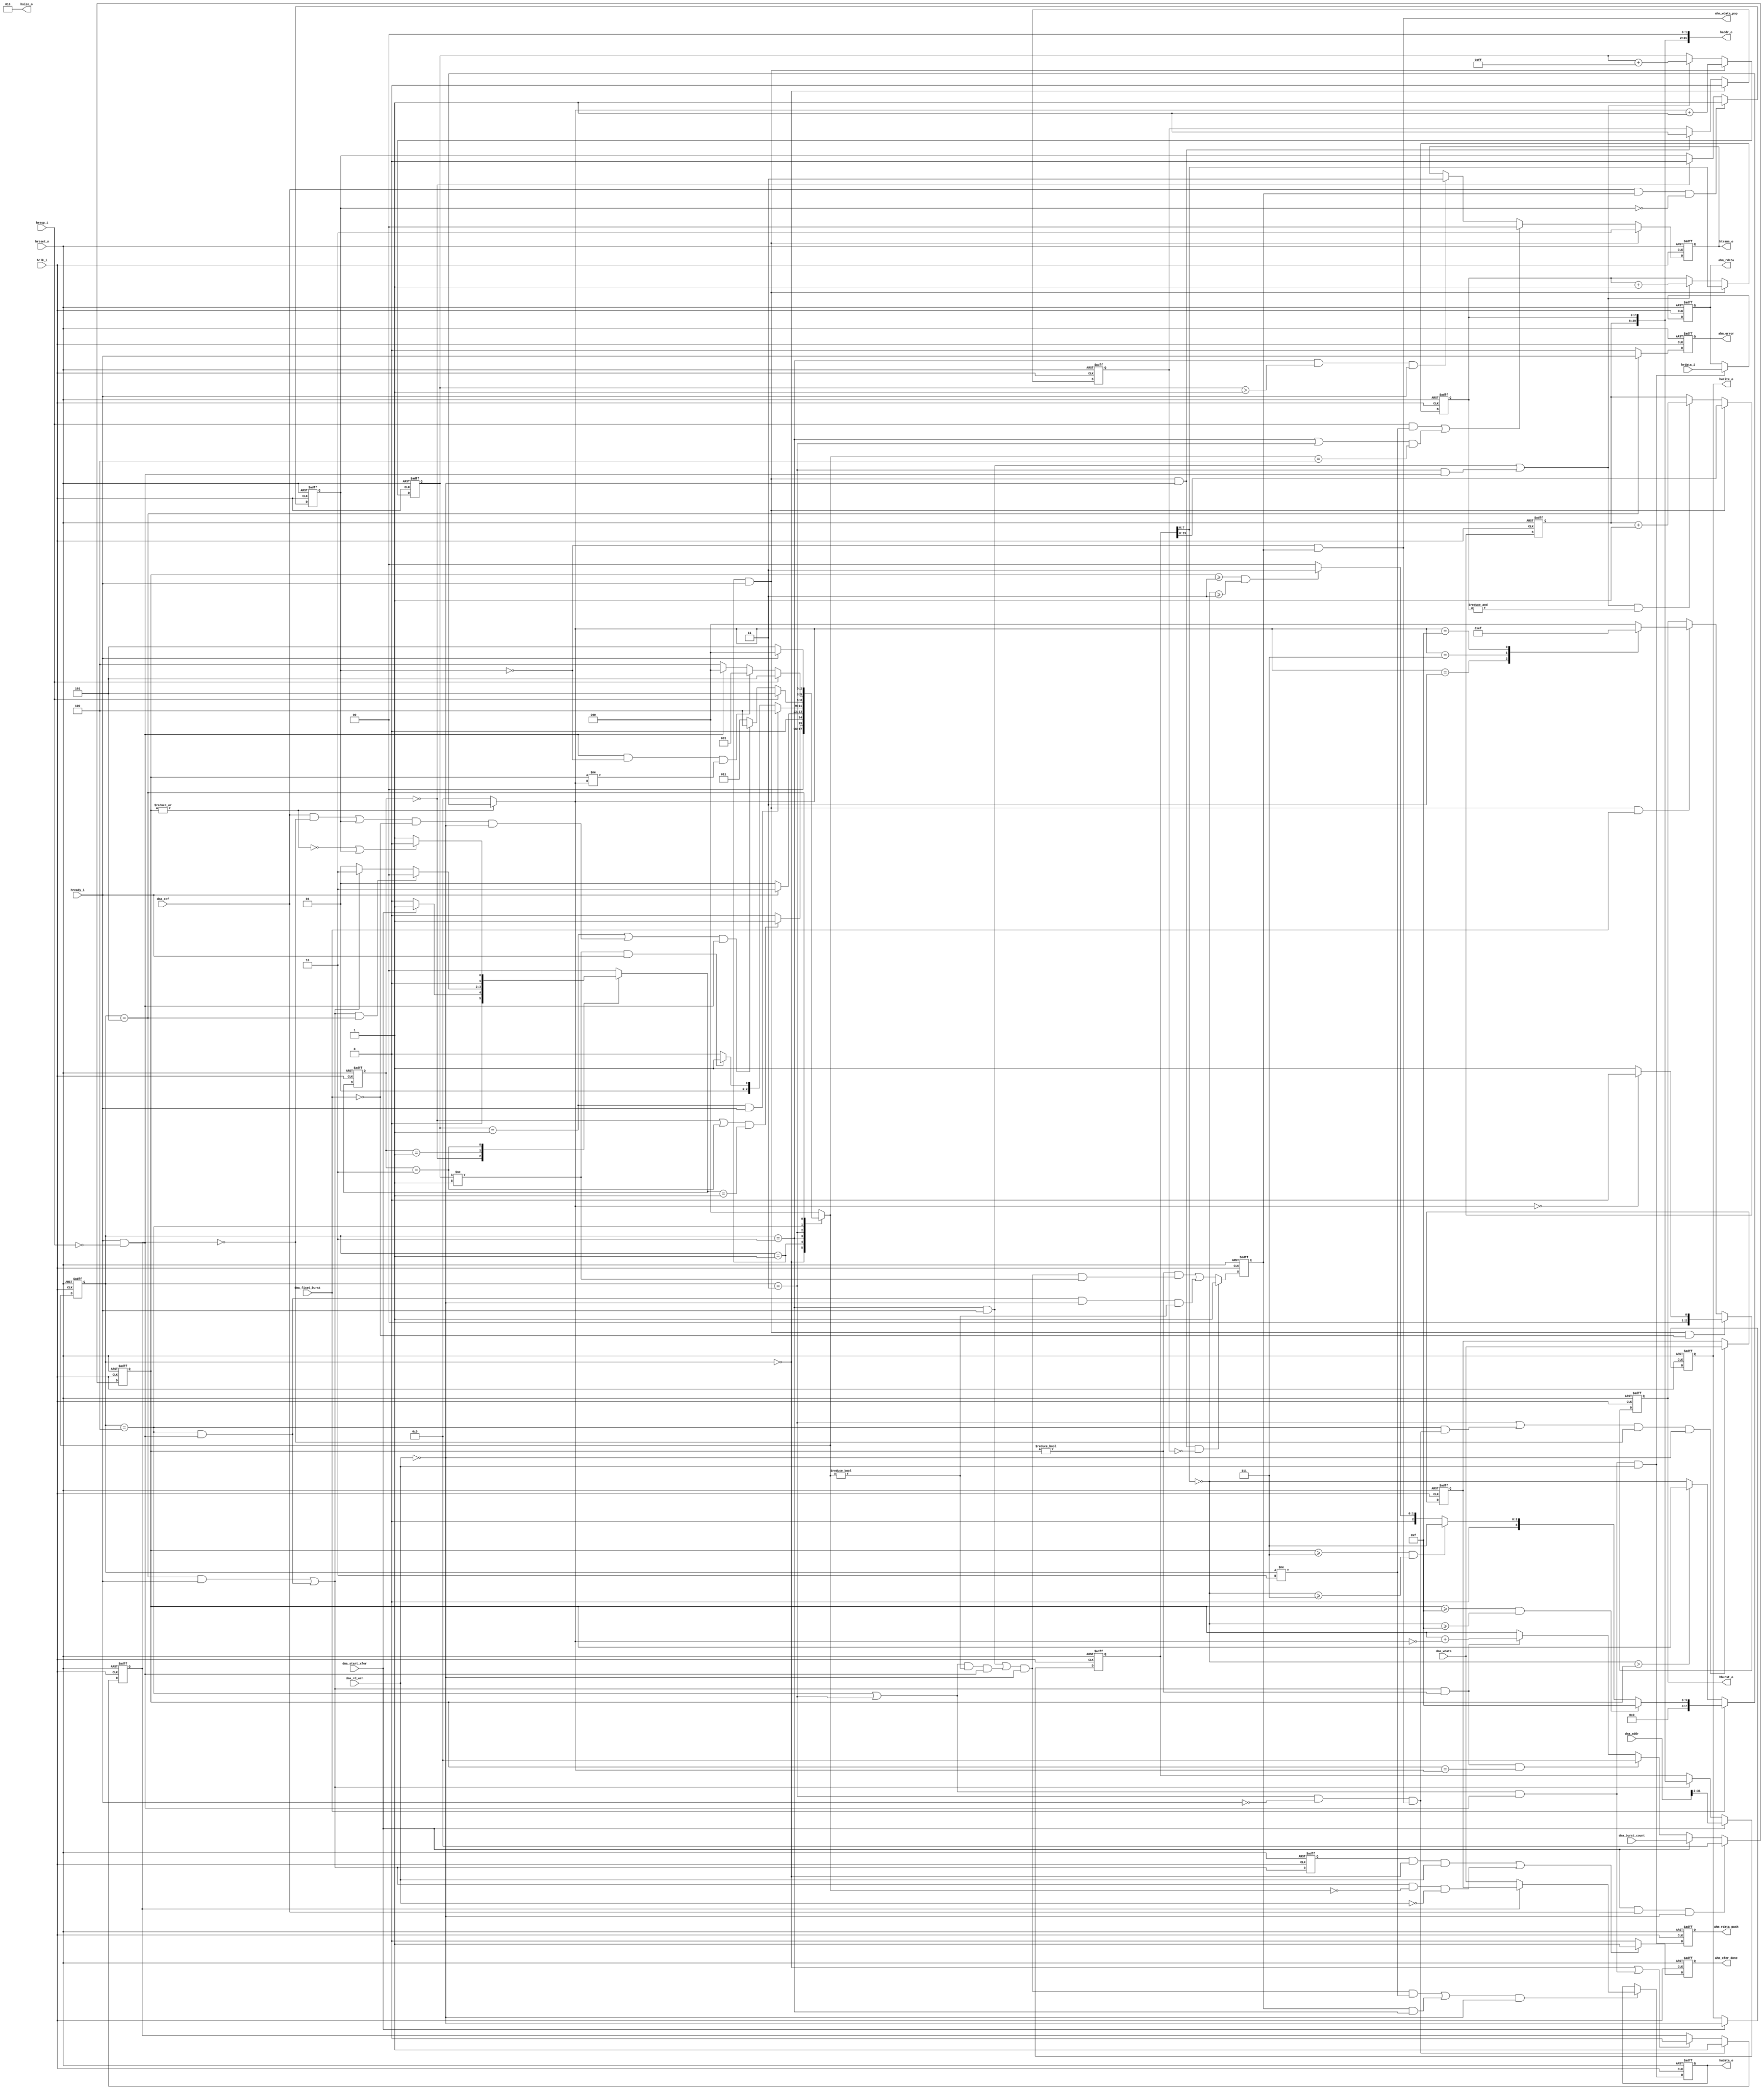
module ahb_master (
                   // Inputs from the AHB.
                         hclk_i,
                         hreset_n,
                         hready_i,
                         hresp_i,
                         hrdata_i,
                         // Outputs to the AHB.
                         haddr_o,
                         htrans_o,
                         hwrite_o,
                         hsize_o,
                         hburst_o,
                         hwdata_o,
                         // Inputs from the DMA.
                         dma_start_xfer,
                         dma_addr,
                         dma_rd_wrn,
                         dma_burst_count,
                         dma_fixed_burst,
                         dma_wdata,
                         dma_eof,
                         // Outputs to the DMA.
                         ahm_rdata,
                         ahm_rdata_push,
                         ahm_wdata_pop,
                         ahm_xfer_done,
                         ahm_error
                         );
// Inputs from the AHB.
input                    hclk_i;          // AHB Master clock
input                    hreset_n;        // AHB Master Reset

input                    hready_i;        // Ready signal from AHB bus 
input                    hresp_i;         // Response from the slave during data transfer
input [31:0]   hrdata_i;                 // Read data from AHB Slave of

// Outputs to the AHB.
output [31:0]            haddr_o;         // Address during transaction
output [1:0]             htrans_o;        // AHB Transfer type from the Master 
output                   hwrite_o;        // When high indicates a write operation
output [2:0]             hsize_o;         // Indicates the size of the tranfer.
                                          // Values supported are 32/64/128bit transfers only
output [2:0]             hburst_o;        // Indicate the AHB Burst type 
                                          // Supported values are SINGLE, INCR, INCR4/8/16
output [31:0]  hwdata_o;                  // Write data from the AHB master 

// Inputs from the DMA.
input                    dma_start_xfer;  // Start transfer request from DMA module. It
                                          // should be 'high pulse to request start of
                                          // AHB transaction. This signal validates
                                          // dma_addr, dma_rd_wrn, dma_burst_count,
                                          // dma_xfer_size and dma_fixed_burst signals.

input [31:0]             dma_addr;        // Start Address of the AHB transfer.
                                          // Need not be updated during burst transfers

input                    dma_rd_wrn;      // Indication of read(`H) or write (`L)operation.
                                          // Should not change the transaction is completed

input [7:0]              dma_burst_count; // Number of data Beats in current Burst 
                                          // Varies from all-0 = 1 beat to
                                          //             all-1 = 256 beats


input [31:0]             dma_wdata;       // Write data from the DMA 
input                    dma_eof;         // End of frame tranfer to the Host indication
                                          // during burst write transfers. It is used to
                                          // indicate premature end to requested burst-size.

input                    dma_fixed_burst; // Indicates transfer-type to be used during burst
                                          // 1 - use fixed-bursts (INCR4/8/16); 0 = use INCR

// Outputs to the DMA 

output                   ahm_wdata_pop;   // use to indicate acceptance of data for write transfer
                                          // DMA should put the next data at the end of this clock cycle
output [31:0]            ahm_rdata;       // Read data to the DMA 
output                   ahm_rdata_push;  // indicates valid data on ahm_rdata. DMA should accept it
                                          // immediately.

output                   ahm_xfer_done;   // Transfer done indication from AHB Master. The DMA can
                                          // only then start another transfer by asserting dma_start_xfer

output                   ahm_error;       // The current AHB transaction resulted in an ERROR
                                          // response from the AHB slave. Asserted along with
                                          // ahm_xfer_done





//                       _ _     _ _     _ _     _ _                
//                      |   |   |   |   |   |   |   |
// hclk_i            _ _|   |_ _|   |_ _|   |_ _|   |_ _             
//                      
//                       _ _ _ _       
//                      |       |
//ahm_wdata_pop      _ _|       |_ _ _ _ _ _ _ _ _ _ _   
//
//                               _ _ _  
//                             \/     \/\\\\
//dma_wdata                    /\_ _ _/\ \\\\  
//                                
//                       _ _ _ _       
//                      |       |
//ahm_rdata_push     _ _|       |_ _ _ _ _ _ _ _ _ _ _   
//
//                       _ _ _  
//                     \/     \/\\\\
//ahm_rdata            /\_ _ _/\ \\\\  
//                                
//
//
//
//                                       _ _ _ _       
//                                      |       |
//ahm_xfer_done                      _ _|       |_ _ _ _ _ _ _ _ _ _ _   
//
//
//                                       _ _ _ _       
//                                      |       |
//ahm_error                          _ _|       |_ _ _ _ _ _ _ _ _ _ _   
//
`define RST posedge hclk_i or negedge hreset_n
parameter DMA_IDLE  = 2'b00;
parameter DMA_START = 2'b01;
parameter DMA_CHK   = 2'b10;

parameter AHB_IDLE  = 3'b000;
parameter AHB_REQ   = 3'b001;
parameter AHB_START = 3'b010;
parameter AHB_XFER  = 3'b011;
parameter AHB_DONE  = 3'b100;
parameter AHB_ERR   = 3'b101;

parameter TRANS_IDLE   = 2'b00;
parameter TRANS_BUSY   = 2'b01;
parameter TRANS_NONSEQ = 2'b10;
parameter TRANS_SEQ    = 2'b11;

parameter SINGLE = 3'b000;
parameter INCR = 3'b001;
parameter INCR4 = 3'b011;
parameter INCR8 = 3'b101;
parameter INCR16 = 3'b111;

reg hwrite_o;
reg [1:0] htrans_o;
reg [2:0] hburst_o;

wire [2:0] hsize_o;
assign hsize_o = 3'b010;

reg ahm_error;
reg ahm_xfer_done;
reg [31:0] hwdata_o;
reg ahm_rdata_push;

wire [31:0] haddr_o;
wire ahm_wdata_pop;
wire [31:0] ahm_rdata;

reg [1:0] dma_cs;
reg [1:0] dma_ns;

reg [2:0] ahb_cs;
reg [2:0] ahb_ns;

//reg [8:0] addr_count;
reg [7:0] addr_count;

reg [7:0] xfer_count;
reg [7:0] burst_size; 

reg [31:0] wdata_in_r;
reg [31:0] ahm_rdata_r;

reg [31:2] mx_addr; // just for 32 bit bus width 
reg [7:0] haddr_lo;
reg [21:0] haddr_hi;

reg wdata_sle;
reg wdata_pop;
reg prefetch_wdata_pop;
reg dma_eof_get;
reg mx_done_r;

wire mx_start;
wire resp_ok;
wire premature_end;
wire mx_done;
wire ld_retry_cmd;
wire load_mx_addr;

wire incr_mx_addr;
wire tnf_finish;
wire [7:0] lessbrstsize;
//wire [8:0] beat_size;
//wire [8:0] xfer_count_temp;
wire [7:0] beat_size;
wire [7:0] xfer_count_temp;

wire rdata_get;
wire wdata_d1_get;
wire hready_del;
wire wdata_ahm_get;

wire [31:0] rdata_in;
wire [31:0] wdata_in;
wire [31:0] wdata_out;

reg wdata_sel;

// DMA FSM

always @ (`RST)
 if (!hreset_n) 
   dma_cs <= DMA_IDLE;
 else 
   dma_cs <= dma_ns;

always @ (*)
  case (dma_cs) 
   DMA_IDLE  : begin 
                if (dma_start_xfer)
                   dma_ns = DMA_START;
                else 
                   dma_ns = DMA_IDLE;
               end    

   DMA_START : begin 
                if (mx_done & (ahb_cs==AHB_ERR)) 
                  dma_ns = DMA_IDLE;
                else if (mx_done)
                  dma_ns = DMA_CHK;
                else 
                  dma_ns = DMA_START;
               end
   DMA_CHK   : begin 
                 if (tnf_finish | dma_eof_get)
                  dma_ns = DMA_IDLE;
                 else 
                  dma_ns = DMA_START;
               end
   default:       dma_ns = DMA_IDLE;
  endcase 

assign mx_start = ((dma_cs == DMA_IDLE) | dma_cs ==(DMA_CHK)) & (dma_ns == DMA_START) ;

// AHB FSM

always @ (`RST)
  if (!hreset_n) 
    ahb_cs <= AHB_IDLE;
  else 
    ahb_cs <= ahb_ns;

always @ (`RST)
  if (!hreset_n) 
    ahm_xfer_done <= 1'b0;
  else if ((mx_done_r & (ahb_cs==AHB_IDLE) & dma_rd_wrn) |
           (mx_done & ahb_ns==(AHB_IDLE)) & (~dma_rd_wrn))
    ahm_xfer_done <= 1'b1;
  else 
    ahm_xfer_done <=1'b0;

assign resp_ok = hready_i & (!hresp_i);
assign premature_end = ((dma_eof & (!wdata_sel)) | dma_eof_get) & (!dma_fixed_burst) & (!dma_rd_wrn);

always @ (*)
  case (ahb_cs)
    AHB_IDLE  : begin
                  if (mx_start)
                    ahb_ns = AHB_REQ;
                  else 
                    ahb_ns = AHB_IDLE; 
                end
    AHB_REQ   : begin 
                  if (hready_i) 
                    ahb_ns = AHB_START;
                  else 
                    ahb_ns = AHB_REQ;
                end
    AHB_START : begin  
                  if (addr_count==8'h1 & hready_i)
                    ahb_ns = AHB_DONE;
                  else if (addr_count!=8'h1 & hready_i)
                    ahb_ns = AHB_XFER;
                  else 
                    ahb_ns = AHB_START;
                end
    AHB_XFER  : begin 
                  if (hresp_i)
                    ahb_ns = AHB_ERR;
                  else if (((addr_count == 8'h1 ) | premature_end) & resp_ok)
                    ahb_ns = AHB_DONE;
                  else 
                    ahb_ns = AHB_XFER;
                end
    AHB_DONE  : begin 
                  if (hresp_i)
                    ahb_ns = AHB_ERR;
                  else if (resp_ok & (!dma_eof_get) & (xfer_count != burst_size)) 
                    ahb_ns = AHB_REQ;
                  else if (resp_ok)
                    ahb_ns = AHB_IDLE;
                  else 
                    ahb_ns = AHB_DONE;  
                end
    AHB_ERR   : begin 
                  if (hready_i)
                    ahb_ns = AHB_IDLE;
                  else 
                    ahb_ns = AHB_ERR;
                end
	default:         ahb_ns = AHB_IDLE;
   endcase 

assign mx_done = ((ahb_cs == AHB_ERR) & hready_i) | ((ahb_cs == AHB_DONE) & resp_ok);
assign load_mx_addr = (ahb_cs == AHB_REQ) & hready_i;
assign incr_mx_addr = ((ahb_cs == AHB_START) & hready_i)|((ahb_cs == AHB_XFER) & resp_ok);
assign tnf_finish = ~|(xfer_count);
assign lessbrstsize = (~mx_addr[9:2] > xfer_count) ? (xfer_count) : (~mx_addr[9:2]); // for cross a 1KB address boundary

always @ (*)
  if (tnf_finish)
    burst_size = 8'h0;
  else if (!dma_fixed_burst)
    burst_size = lessbrstsize;
  else if ((xfer_count >= 8'hf) & ((~mx_addr[9:2]) >= 8'hf))
    burst_size = 8'hf;
  else if ((xfer_count >= 8'h7) & ((~mx_addr[9:2]) >= 8'h7))
    burst_size = 8'h7;
  else if ((xfer_count >= 8'h3) & ((~mx_addr[9:2]) >= 8'h3))
    burst_size = 8'h3;
  else 
    burst_size = 8'h0;

//assign beat_size = {1'b0,burst_size} + 1'b1;  //incr16  incr8 and incr4 are count from 1 ,so plus one
assign beat_size = burst_size ;  // to avoid use substract, use invert code to express negative
                                 // when convert to complement, it should be invert each bit ,then plus one  
                                 // invert code less than complement , so not plus one , to void substract one

//assign xfer_count_temp = {1'b0,xfer_count} - beat_size; 
assign xfer_count_temp = xfer_count + (~beat_size);

always @ (`RST)
  if (!hreset_n) 
    xfer_count <= 8'h0;
  else if (dma_start_xfer & dma_eof & !dma_rd_wrn)
    xfer_count <= 8'h0;
  else if (dma_start_xfer)
    xfer_count <= dma_burst_count;
  else if ((mx_done & (xfer_count!=0)) & (xfer_count == burst_size))
    xfer_count <= 8'h0;
  else if (mx_done & xfer_count != 0)
    xfer_count <= xfer_count_temp[7:0];

always @ (`RST) 
  if (!hreset_n) 
    mx_addr <= 30'h0;
  else if (dma_start_xfer)
    mx_addr <= dma_addr[31:2];
  else if (mx_done)
    mx_addr <= haddr_o[31:2];

always @ (`RST)
  if (!hreset_n) 
    addr_count <= 8'h0;
  else if (load_mx_addr)
    //addr_count <= beat_size ;
    addr_count <= (beat_size + 1'b1);//incr16  incr8 and incr4 are count from 1 ,so plus one
  else if (incr_mx_addr)
    //addr_count <= addr_count - 1'b1; // avoid use subs
    addr_count <= addr_count + 8'hff;   // subtract 1 as plus 8'hFF

always @ (`RST) 
   if (!hreset_n)
     mx_done_r <= 1'b0;
   else 
     mx_done_r <= mx_done;
always @ (`RST)
   if (!hreset_n)
    ahm_error <= 1'b0;
   else if (ahb_cs == AHB_ERR)
    ahm_error <= hready_i;
   else 
    ahm_error <= 1'b0;





always @ (`RST)
  if (!hreset_n) 
    haddr_lo <=8'h0;
  else if (load_mx_addr)
    haddr_lo <= mx_addr[9:2];
  else if (incr_mx_addr)
    haddr_lo <= haddr_lo + 1'b1;
  
always @ (`RST) 
  if (!hreset_n) 
    haddr_hi <= 22'h0;
  else if (load_mx_addr)
    haddr_hi <= mx_addr[31:10];
  else if (incr_mx_addr & (&haddr_lo))
    haddr_hi <= haddr_hi + 1'b1;

assign haddr_o[31:0] = {haddr_hi,haddr_lo,2'b00};

always @ (`RST)
  if (!hreset_n)
    hwrite_o <= 1'b0;
  else if (dma_start_xfer)
    hwrite_o <= !dma_rd_wrn;

always @ (`RST)
  if (!hreset_n)
    htrans_o <= TRANS_IDLE;
  else if (load_mx_addr)
    htrans_o <= TRANS_NONSEQ;
  else if ((hresp_i & (ahb_cs!=AHB_START)) | //ERROR
           (((ahb_cs== AHB_START) | (ahb_cs == AHB_XFER)) & (ahb_ns == AHB_DONE))) // Last transfer
    htrans_o <= TRANS_IDLE;
  else if ((ahb_cs == AHB_START) & (addr_count > 9'h1) & hready_i)
    htrans_o <= TRANS_SEQ;


always @ (`RST) 
  if (!hreset_n) 
    hburst_o <= 3'b0;
  else if (load_mx_addr & (!dma_fixed_burst)) begin 
    if (burst_size ==8'h0)
      hburst_o <=  SINGLE;
    else 
      hburst_o <= INCR;
  end
  else if (load_mx_addr & dma_fixed_burst) begin
    case (burst_size)
      8'h3 : hburst_o <= INCR4;    
      8'h7 : hburst_o <= INCR8;    
      8'hf : hburst_o <= INCR16;
      default : hburst_o <= SINGLE;
    endcase
  end    
  
assign rdata_get = ((ahb_cs == AHB_DONE) | (ahb_cs==AHB_XFER)) & resp_ok & dma_rd_wrn;
assign hready_del = (ahb_cs == AHB_XFER) & (!hready_i) & ahm_wdata_pop;
assign wdata_d1_get = ((ahb_cs == AHB_XFER) | (ahb_cs == AHB_DONE) & hready_del) & (!wdata_sel);
assign wdata_ahm_get = (((ahb_cs == AHB_START)&hready_i) | 
                        (((ahb_cs == AHB_XFER) | (ahb_cs == AHB_DONE)) & (ahb_ns !=AHB_IDLE) & resp_ok))
                       & (!dma_rd_wrn);
assign ahm_wdata_pop = !dma_eof_get & wdata_pop;


always @ (`RST)
  if (!hreset_n) 
    dma_eof_get <= 1'b0;
  else if (dma_eof & wdata_pop & (~dma_eof_get))
    dma_eof_get <= 1'b1;
  else if (dma_cs == DMA_IDLE)
    dma_eof_get <= 1'b0;

always @ (`RST) 
  if (!hreset_n) 
    wdata_sel <= 1'b0;
  else if (hready_del)
    wdata_sel <= 1'b1;
  else if ((ahb_cs == AHB_IDLE) |(((ahb_cs == AHB_XFER) | (ahb_cs == AHB_DONE)) & resp_ok))
    wdata_sel <= 1'b0;

// first transfer
always @ (`RST)
  if (!hreset_n) 
    prefetch_wdata_pop  <= 1'b0;
  else if (ahb_cs == AHB_IDLE)
    prefetch_wdata_pop <= 1'b0;
  else if (load_mx_addr & !dma_rd_wrn)
    prefetch_wdata_pop <= 1'b1;

always @ (`RST)
  if (!hreset_n)
    wdata_pop <= 1'b0;
  else if (load_mx_addr & (!dma_rd_wrn) & (!prefetch_wdata_pop))
    wdata_pop <= 1'b1;
  else 
    wdata_pop <= ((xfer_count != 0) & (wdata_ahm_get & (addr_count != 9'h1))) | 
                 ((ahb_cs == AHB_DONE) & resp_ok & !dma_rd_wrn & (ahb_ns != AHB_IDLE));

always @ (`RST)
  if (!hreset_n) 
    ahm_rdata_push <= 1'b0;
  else 
    ahm_rdata_push <= rdata_get;


assign rdata_in = hrdata_i;
assign wdata_in = dma_wdata;


always @ (`RST)
  if (!hreset_n) 
    ahm_rdata_r  <= 32'b0;
  else if (rdata_get)
    ahm_rdata_r <= rdata_in;

assign ahm_rdata = ahm_rdata_r;

always @ (`RST)
  if (!hreset_n) 
    wdata_in_r <= 32'b0;
  else if (wdata_d1_get & (!dma_rd_wrn))
    wdata_in_r <= wdata_in;

assign wdata_out = wdata_sel ? wdata_in_r : wdata_in;

always @ (`RST) 
  if (!hreset_n) 
    hwdata_o <= 32'b0;
  else if (((wdata_ahm_get & (ahb_cs != AHB_START)) | 
            (wdata_pop & (ahb_cs == AHB_START))) & (!dma_rd_wrn))

    hwdata_o <= wdata_out;


endmodule